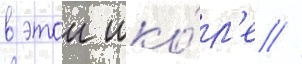
в этои шко́л'е //